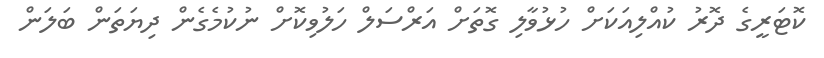
ކޮޓަރީގެ ދޮރު ކުއްލިއަކަށް ހުޅުވާލި ގޮތަށް އަރްސަލް ހަލުވިކޮށް ނުކުމެގެން ދިޔަތަން ބަލަން